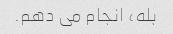
بله، انجام می دهم.